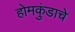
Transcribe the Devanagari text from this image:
होमकुंडाचे